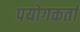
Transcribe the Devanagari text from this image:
पयोगकर्ता